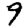
Digit: 9